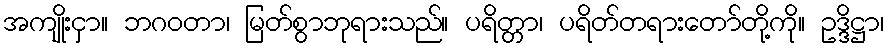
အကျိုးငှာ။ ဘဂဝတာ၊ မြတ်စွာဘုရားသည်။ ပရိတ္တာ၊ ပရိတ်တရားတော်တို့ကို။ ဥဒ္ဒိဋ္ဌာ၊